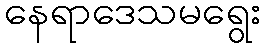
နေရာဒေသမရွေး